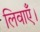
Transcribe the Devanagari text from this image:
लिवाएँ।